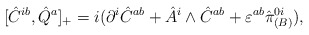
\begin{align*}[\hat {C}^{ib},\hat {Q}^a]_{+}=i(\partial^i \hat {C}^{ab}+ \hat {A}^i\wedge\hat {C}^{ab}+\varepsilon^{ab}\hat {\pi}_{(B)}^{0i}),\end{align*}